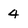
Character: 4